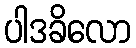
ပါဒခိလော